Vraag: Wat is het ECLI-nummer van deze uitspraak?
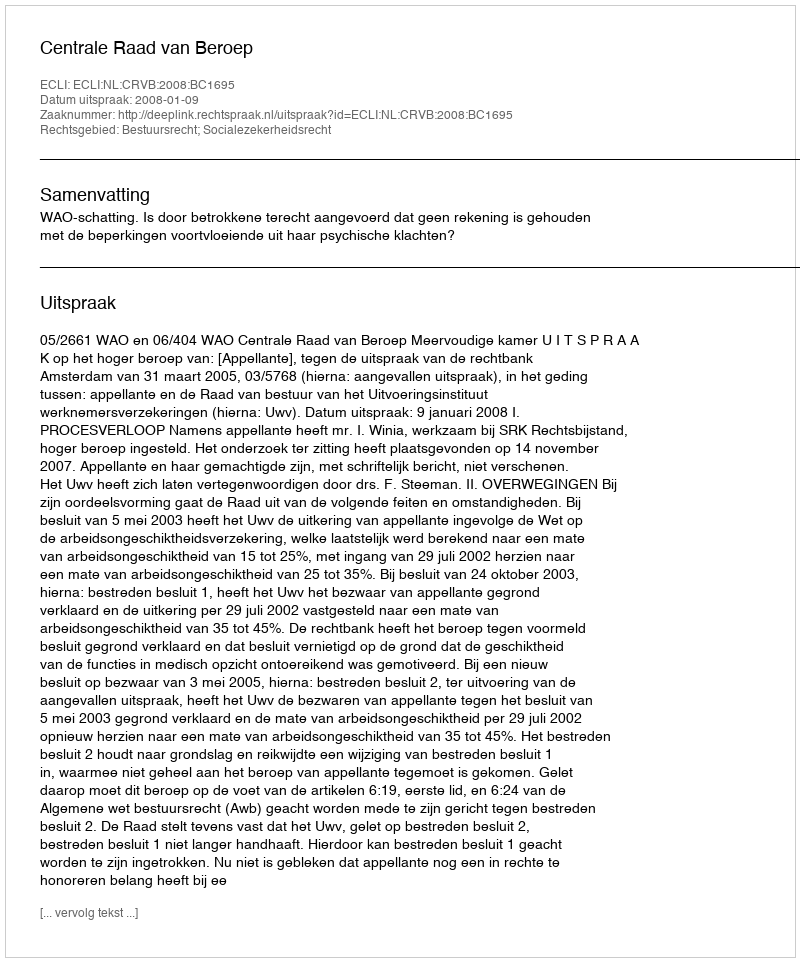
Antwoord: ECLI:NL:CRVB:2008:BC1695